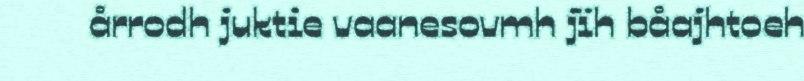
årrodh juktie vaanesovmh jïh båajhtoeh